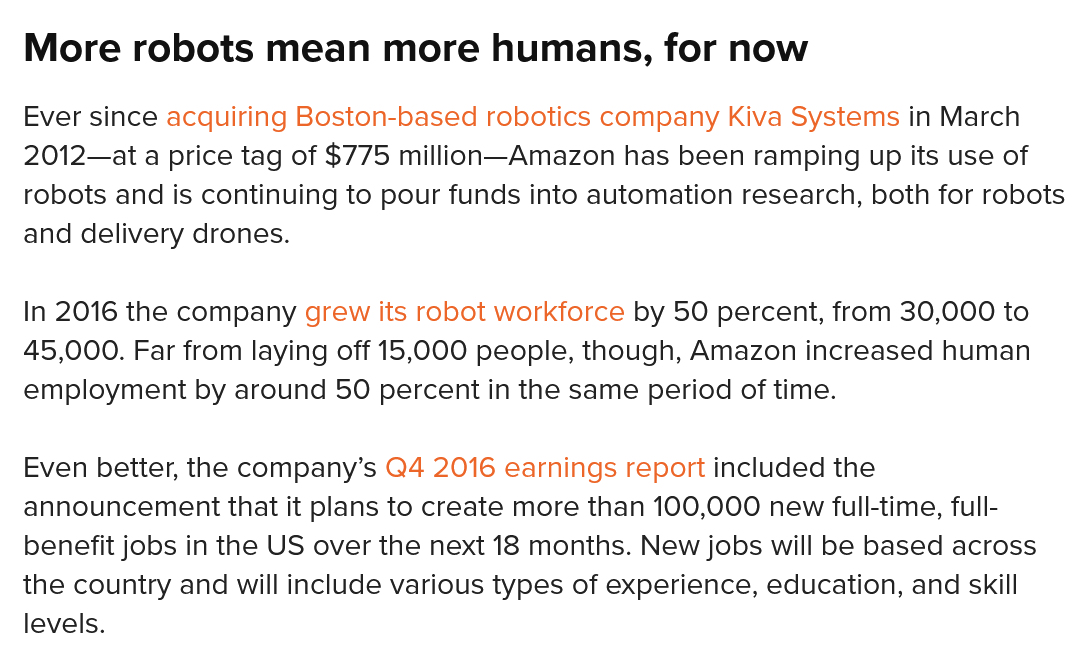
More   robots   mean    more   humans,   for  now
  Ever since acquiring Boston-based robotics company Kiva Systems in March
  2012—at a price tag of $775 million—Amazon has been ramping up its use of
  robots and is continuing to pour funds into automation research, both for robots
  and delivery drones.
  In 2016 the company grew its robot workforce by 50 percent, from 30,000 to
  45,000. Far from laying off 15,000 people, though, Amazon increased human
  employment by around 50 percent in the same period of time.
  Even better, the company’s Q4 2016 earnings report included the
  announcement that it plans to create more than 100,000 new full-time, full-
  benefit jobs in the US over the next 18 months. New jobs will be based across
  the country and will include various types of experience, education, and skill
  levels.